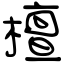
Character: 檀